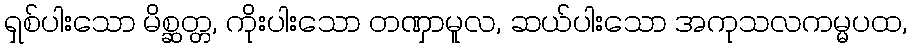
ရှစ်ပါးသော မိစ္ဆတ္တ, ကိုးပါးသော တဏှာမူလ, ဆယ်ပါးသော အကုသလကမ္မပထ,